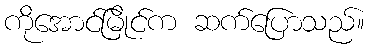
ကိုအောင်မြိုင်က ဆက်ပြောသည်။